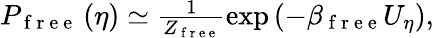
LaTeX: \begin{array}{r}{P_{\mathrm{~f~r~e~e~}}\left(\eta\right)\simeq\frac{1}{Z_{\mathrm{~f~r~e~e~}}}\exp\left(-\beta_{\mathrm{~f~r~e~e~}}U_{\eta}\right),}\end{array}